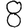
Digit: 8